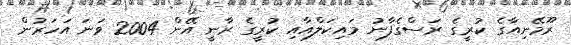
ރޫމޭނިއާގެ ކުރީގެ ރަސްގެފާނު މައިކަލްއާއި ކުރީގެ ރާނީ އޭން 2004 ވަނަ އަހަރުން